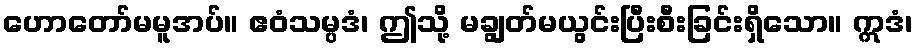
ဟောတော်မမူအပ်။ ဧဝံသမ္ပဒံ၊ ဤသို့ မချွတ်မယွင်းပြီးစီးခြင်းရှိသော။ ဣဒံ၊